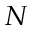
N